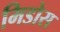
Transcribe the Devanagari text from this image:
मिडोस